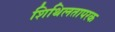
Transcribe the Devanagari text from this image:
शिथिलतापरक